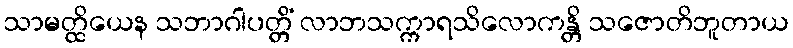
သာမတ္ထိယေန သဘာဂါပတ္တိံ လာဘသက္ကာရသိလောကန္တိ သဇောတိဘူတာယ